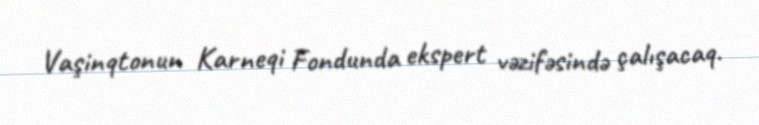
Vaşinqtonun Karneqi Fondunda ekspert vəzifəsində çalışacaq.